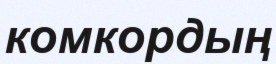
комкордың